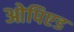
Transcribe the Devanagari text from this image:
ओपिएड